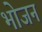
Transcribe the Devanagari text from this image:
भाेजन